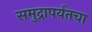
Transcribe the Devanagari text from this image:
समुद्रापर्यंतचा